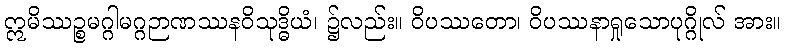
ဣမိဿဉ္စမဂ္ဂါမဂ္ဂဉာဏဿနဝိသုဒ္ဓိယံ၊ ၌လည်း။ ဝိပဿတော၊ ဝိပဿနာရှုသောပုဂ္ဂိုလ် အား။